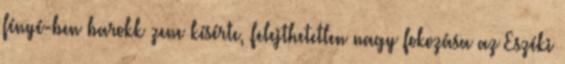
fényé-ben barokk zene kísérte, felejthetetlen nagy fokozása az Eszéki